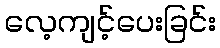
လေ့ကျင့်ပေးခြင်း